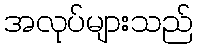
အလုပ်များသည်